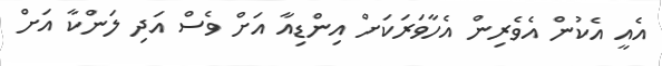
އެއީ އެކުން އެވެރިން އެހާވަރަކަށް އިންޑިއާ އަށް ވެސް އަދި ލަންކާ އަށް